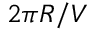
{ 2 \pi R / V }